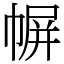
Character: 幈